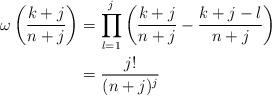
LaTeX: \begin{align*}\omega\left( \frac{k+j}{n+j} \right) & = \prod_{l=1}^j \left( \frac{k+j}{n+j} - \frac{k+j-l}{n+j} \right) \\& = \frac{j!}{(n+j)^j}\end{align*}